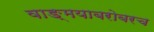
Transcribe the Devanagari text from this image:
वाङ्‌मयाबरोबरच